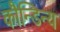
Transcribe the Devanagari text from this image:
कौन्डिन्य